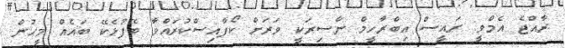
ރާއްޖެ އެމްވީ: ރައީސް އިބްރާހީމް ނާސިރަކީ ވަރަށް ކޯފާއިސްކުރައްވާ ބޭފުޅެކޭ ބައެއް މީހުން